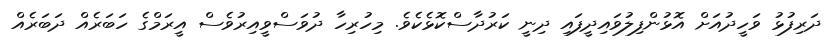
ދަރިފުޅު ވަހީދުއަށް އޮޅުންފިލުވައިދީފައި ދިނީ ކަރުދާސްކޮޅެކެވެ. މިހުރިހާ ދުވަސްވީއިރުވެސް އީރަމްގެ ހަބަރެއް ދަބަރެއް